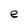
Character: e